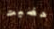
حضيت